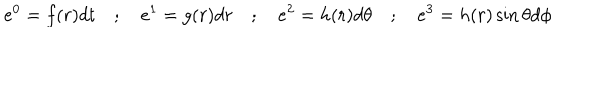
e ^ { 0 } = f ( r ) d t \quad ; \quad e ^ { 1 } = g ( r ) d r \quad ; \quad e ^ { 2 } = h ( r ) d \theta \quad ; \quad e ^ { 3 } = h ( r ) \sin \theta d \phi